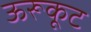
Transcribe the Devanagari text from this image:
ऊरूकूट